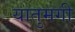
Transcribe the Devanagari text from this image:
यातुमगी